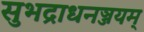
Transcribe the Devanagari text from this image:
सुभद्राधनञ्जयम्